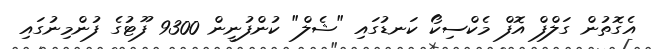
އެގޮތުން ގަލްފް އޮފް މެކްސިކޯ ކަނޑުގައި "ޝެލް" ކުންފުނީން 9300 ފޫޓުގެ ފުންމިނުގައި